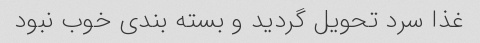
غذا سرد تحویل گردید و بسته بندی خوب نبود